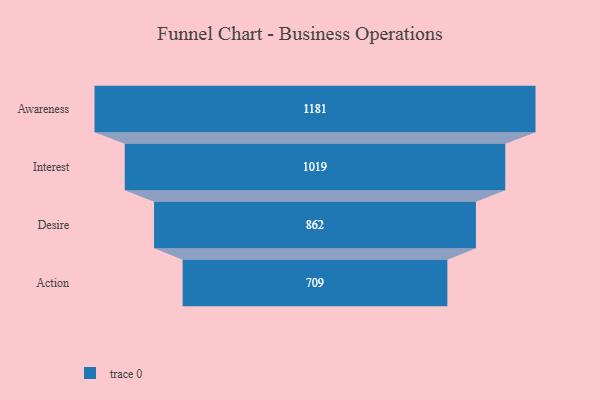
{"axis": {"x": "Stage", "y": "Value"}, "legend": [""], "data": [{"x": "Awareness", "y": 1181.0, "type": ""}, {"x": "Interest", "y": 1019.0, "type": ""}, {"x": "Desire", "y": 862.0, "type": ""}, {"x": "Action", "y": 709.0, "type": ""}]}